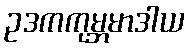
ဥဒကကုမ္ဘမာဒါယ